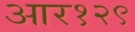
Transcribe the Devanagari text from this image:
आर१२९